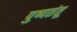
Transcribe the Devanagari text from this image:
पुष्पतंतू